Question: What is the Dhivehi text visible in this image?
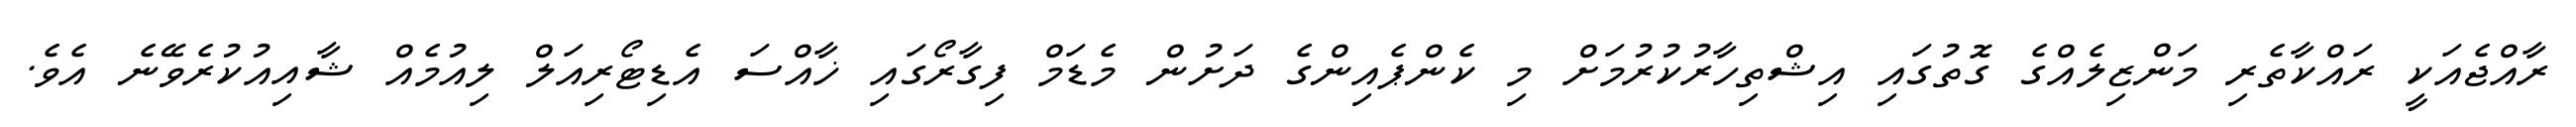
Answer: ރާއްޖެއަކީ ރައްކާތެރި މަންޒިލެއްގެ ގޮތުގައި އިޝްތިހާރުކުރުމަށް މި ކެންޕެއިންގެ ދަށުން މެޑަމް ފިގާރޯގައި ޚާއްސަ އެޑިޓޯރިއަލް ލިއުމެއް ޝާއިއުކުރެވޭނެ އެވެ.